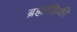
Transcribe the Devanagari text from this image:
ब्रह्मांडिकी